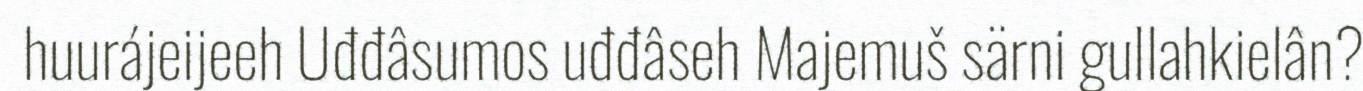
huurájeijeeh Uđđâsumos uđđâseh Majemuš särni gullahkielân?